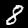
Label: 8